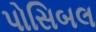
પોસિબલ